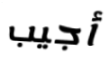
أجيب